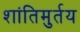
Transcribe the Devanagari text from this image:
शांतिमुर्तय